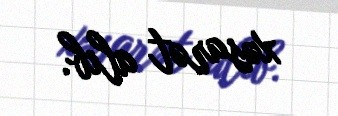
xəsarət alıb.